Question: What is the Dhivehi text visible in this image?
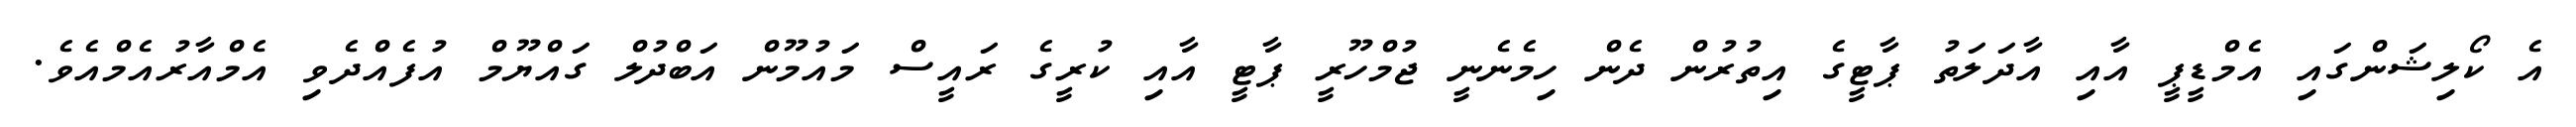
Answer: އެ ކޯލިޝަންގައި އެމްޑީޕީ އާއި އާދަލަތު ޕާޓީގެ އިތުރުން ދެން ހިމެނެނީ ޖުމްހޫރީ ޕާޓީ އާއި ކުރީގެ ރައީސް މައުމޫން އަބްދުލް ގައްޔޫމް އުފެއްދެވި އެމްއާރުއެމްއެވެ.